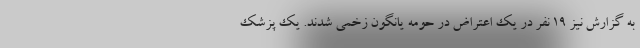
به گزارش نیز 19 نفر در یک اعتراض در حومه یانگون زخمی شدند. یک پزشک